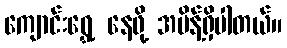
ကျောင်းရွှေ့ နေဖို့ အမိန့်ရှိပါတယ်။